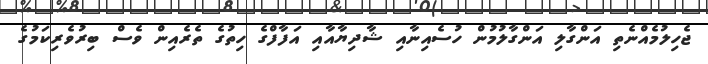
ޖެހިލުމެއްނެތި އަންގާލި އަންގާލުމުން ހުސެއިނާއި ޝާދިޔާއާއި އަފާފްގެ ހިތުގެ ތެރެއިން ވެސް ބިރުވެރިކަމުގެ